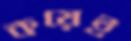
কয়েই